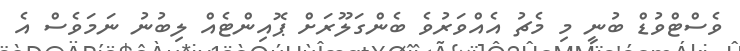
ވެސްޓްވުޑް ބުނީ މި މެޗު އެއްވަރުވެ ބެންގަލޫރަށް ޕޮއިންޓެއް ލިބުނު ނަމަވެސް އެ